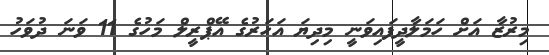
މިރުޒާ އަށް ހަމަލާދީފައިވަނީ މިދިޔަ އަހަރުގެ އޭޕްރީލް މަހުގެ 11 ވަނަ ދުވަހު